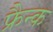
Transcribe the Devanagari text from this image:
फ्रैन्क